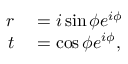
\begin{array} { r l } { r } & { { } = i \sin { \phi } e ^ { i \phi } } \\ { t } & { { } = \cos { \phi } e ^ { i \phi } , } \end{array}